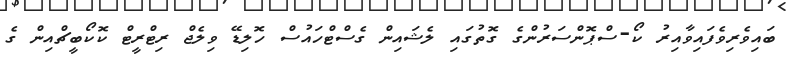
ބައިވެރިވެފައިވާއިރު ކޯ-ސްޕޮންސަރުންގެ ގޮތުގައި ލެޝައިން ގެސްޓްހައުސް ހޮލިޑޭ ވިލެޖް ރިޓްރީޓް ކޮކޯބީޗްއިން ގެ